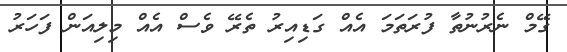
ގޭމް ނެރުނުތާ ފުރަތަމަ އެއް ގަޑިއިރު ތެރޭ ވެސް އެއް މިލިއަން ފަހަރު